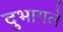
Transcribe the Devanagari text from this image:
दुभागले